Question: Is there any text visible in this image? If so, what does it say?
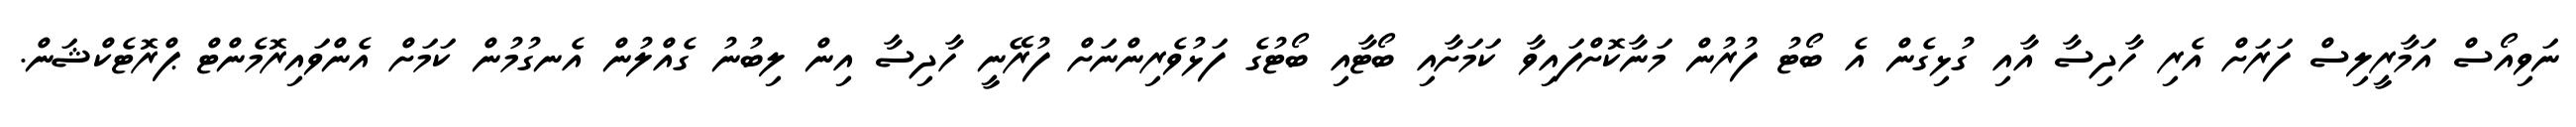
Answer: ނަވިއޯސް އަމާރީލިސް ފަރަށް އެރި ހާދިސާ އާއި ގުޅިގެން އެ ބޯޓު ފުރުން މަނާކޮށްފައިވާ ކަމަށާއި ބޯޓާއި ބޯޓުގެ ފަޅުވެރިންނަށް ފުރޭނީ ހާދިސާ އިން ލިބުނު ގެއްލުން އެނގުމުން ކަމަށް އެންވައިރޮމެންޓް ޕްރޮޓެކްޝަން.